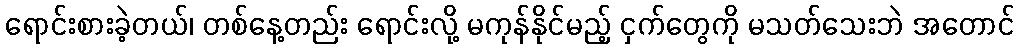
ရောင်းစားခဲ့တယ်၊ တစ်နေ့တည်း ရောင်းလို့ မကုန်နိုင်မည့် ငှက်တွေကို မသတ်သေးဘဲ အတောင်